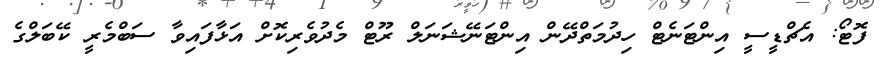
ފޮޓޯ: އެޗްޑީސީ އިންޓަނެޓް ހިދުމަތްދޭން އިންޓަނޭޝަނަލް ރޫޓް މެދުވެރިކޮށް އަޅާފައިވާ ސަބްމެރީ ކޭބަލްގެ